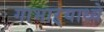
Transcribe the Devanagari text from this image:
गाभाऱ्याध्ये